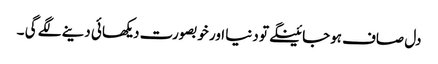
دل صاف ہوجائینگے تو دنیا اور خوبصورت دیکھائی دینے لگے گی ۔